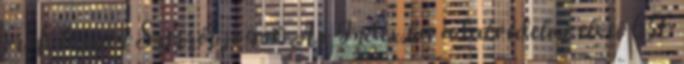
profi legyen Szerzői jogok Az Index.hu adatvédelmi elvei 656